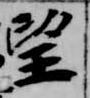
望